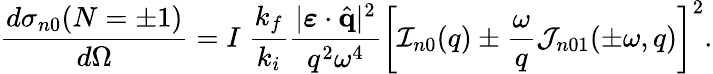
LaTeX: \frac{d{\sigma}_{n0}(N=\pm 1)}{d\Omega}=I\; \frac{k_{f}}{k_{i}}\frac{|\boldsymbol{\varepsilon}\cdot\hat{\mathbf{q}}|^{2}}{q^{2}\omega^{4}}\left[{\cal I}_{n0}(q)\pm\frac{\omega}{q}{\cal J}_{n01}(\pm\omega,q)\right]^{2}.